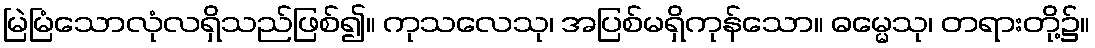
မြဲမြံသောလုံလရှိသည်ဖြစ်၍။ ကုသလေသု၊ အပြစ်မရှိကုန်သော။ ဓမ္မေသု၊ တရားတို့၌။